Annual report of the Punjab Veterinary College and of the Civil Veterinary Department, Punjab - 1920-1925
Year: 1920
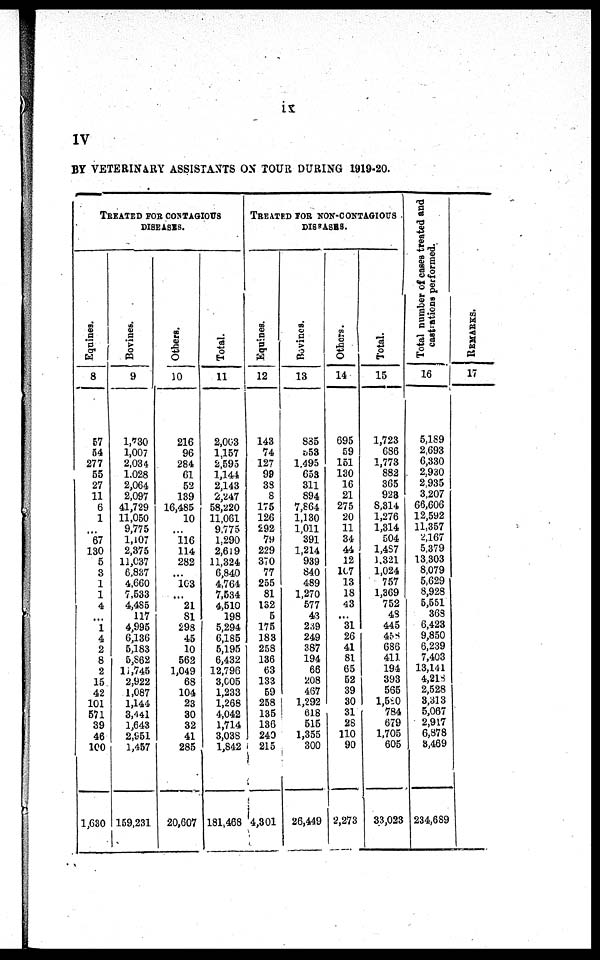
ix
IV
BY VETERINARY ASSISTANTS ON TOUR DURING 1919-20.
TREATED FOR CONTAGIOUS
DISEASES.
Equines.
8
57
54
277
55
27
11
6
1
... 67
130
5
3
1
1
4
... 1
4
2
8
2
15
42
101
571
39
46
100
1,630
Bovines.
9
1,730
1,007
2,034
1,028
2,064
2,097
41,729
11,050
9,775
1,107
2,375
11,037
6,837
4,660
7,533
4,485
117
4,995
6,136
5,183
5,862
11,745
2,922
1,087
1,144
3,441
1,643
2,951
1,457
159,231
Others.
10
216
96
284
61
52
139
16,485
10
...
116
114
282
...
103
... 21
81
298
45
10
562
1,049
68
104
23
30
32
41
285
20,607
Total.
11
2,003
1,157
2,595
1,144
2,143
2,247
58,220
11,061
9,775
1,290
2,619
11,324
6,840
4,764
7,534
4,510
198
5,294
6,185
5,195
6,432
12,796
3,005
1,233
1,268
4,042
1,714
3,038
1,842
181,468
TREATED FOR NON-CONTAGIOUS
DISEASES.
Equines.
12
143
74
127
99
38
8
175
126
292
79
229
370
77
255
81
132
5
175
183
258
136
63
133
59
258
135
136
249
215
4,301
Bovines.
13
885
553
1,495
653
311
894
7,864
1,130
1,011
391
1,214
939
840
489
1,270
577
43
239
249
387
194
66
208
467
1,292
618
515
1,355
300
26,449
Others.
14
695
59
151
130
16
21
275
20
11
34
44
12
107
13
18
43
...
31
26
41
81
65
52
39
30
31
28
110
90
2,273
Total.
15
1,723
686
1,773
882
365
923
8,314
1,276
1,314
504
1,487
1,321
1,024
757
1,369
752
48
445
458
686
411
194
393
565
1,580
784
679
1,705
605
33,023
Total number of cases treated and
castrations performed.
16
5,189
2,693
6,330
2,930
2,935
3,207
66,606
12,592
11,357
2,167
5,379
13,303
8,079
5,629
8,928
5,551
363
6,423
9,850
6,239
7,403
13,141
4,218
2,528
3,313
5,067
2,917
6,878
3,469
234,689
REMARKS.
17